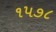
૧૫૭૮